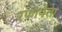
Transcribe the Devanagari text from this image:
रफायेला